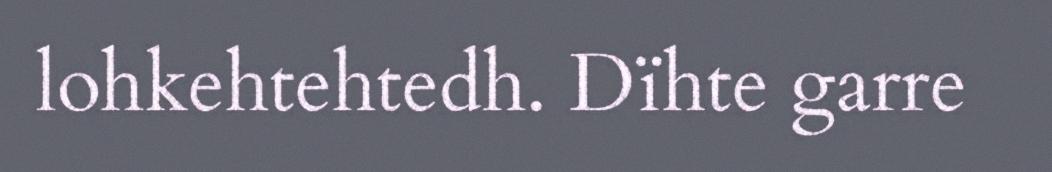
lohkehtehtedh. Dïhte garre